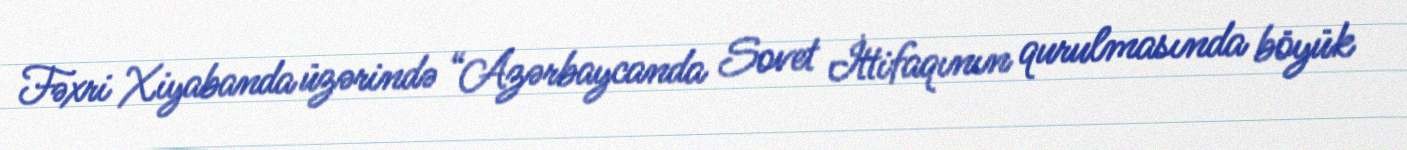
Fəxri Xiyabanda üzərində “Azərbaycanda Sovet İttifaqının qurulmasında böyük